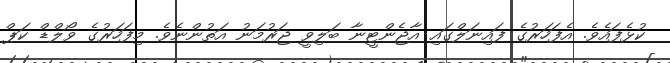
ކުޅެފައެވެ. އެފަހަރުގެ ފައިނަލްގައި އާޖެންޓީނާ ބަލިވީ ޖަރުމަނު އަތުންނެވެ. މިފަހަރުގެ ވޯލްޑް ކަޕް